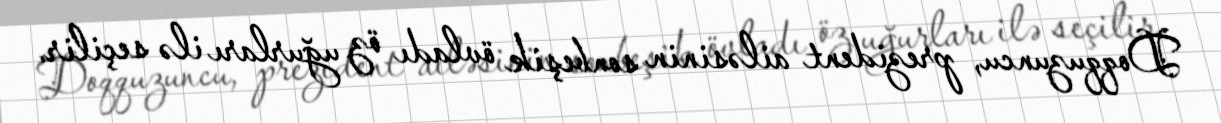
Doqquzuncu, prezident ailəsinin sonbeşik övladı öz uğurları ilə seçilir.